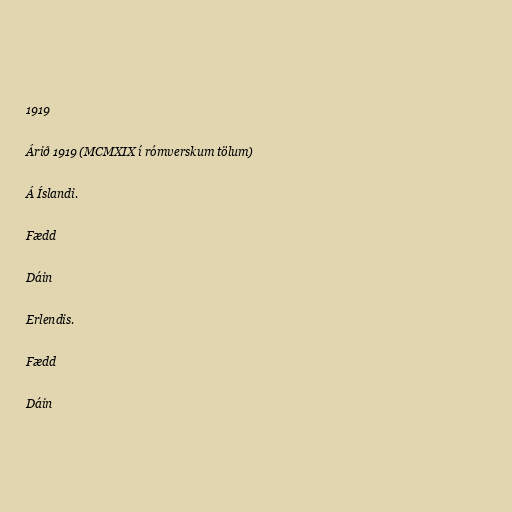
1919

Árið 1919 (MCMXIX í rómverskum tölum)

Á Íslandi.

Fædd

Dáin

Erlendis.

Fædd

Dáin